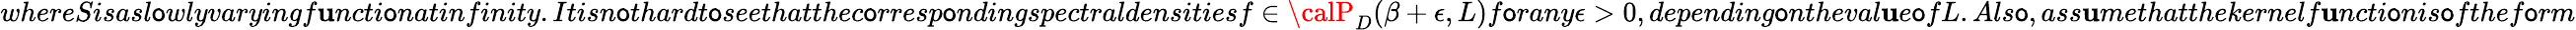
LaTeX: whereSisasl\mathsf{o}wlyvaryingf\mathbf{u}ncti\mathsf{o}natinfinity.Itisn\mathsf{o}thardt\mathsf{o}seethatthec\mathsf{o}rresp\mathsf{o}ndingspectraldensitiesf\in{\calP}_{D}(\beta+\epsilon,L)f\mathsf{o}rany\epsilon>0,depending\mathsf{o}ntheval\mathbf{u}e\mathsf{o}fL.Als\mathsf{o},ass\mathbf{u}methatthekernelf\mathbf{u}ncti\mathsf{o}nis\mathsf{o}fthef\mathsf{o}rm